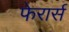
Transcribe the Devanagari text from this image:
फेरार्स